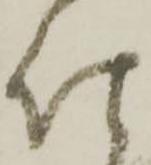
仕